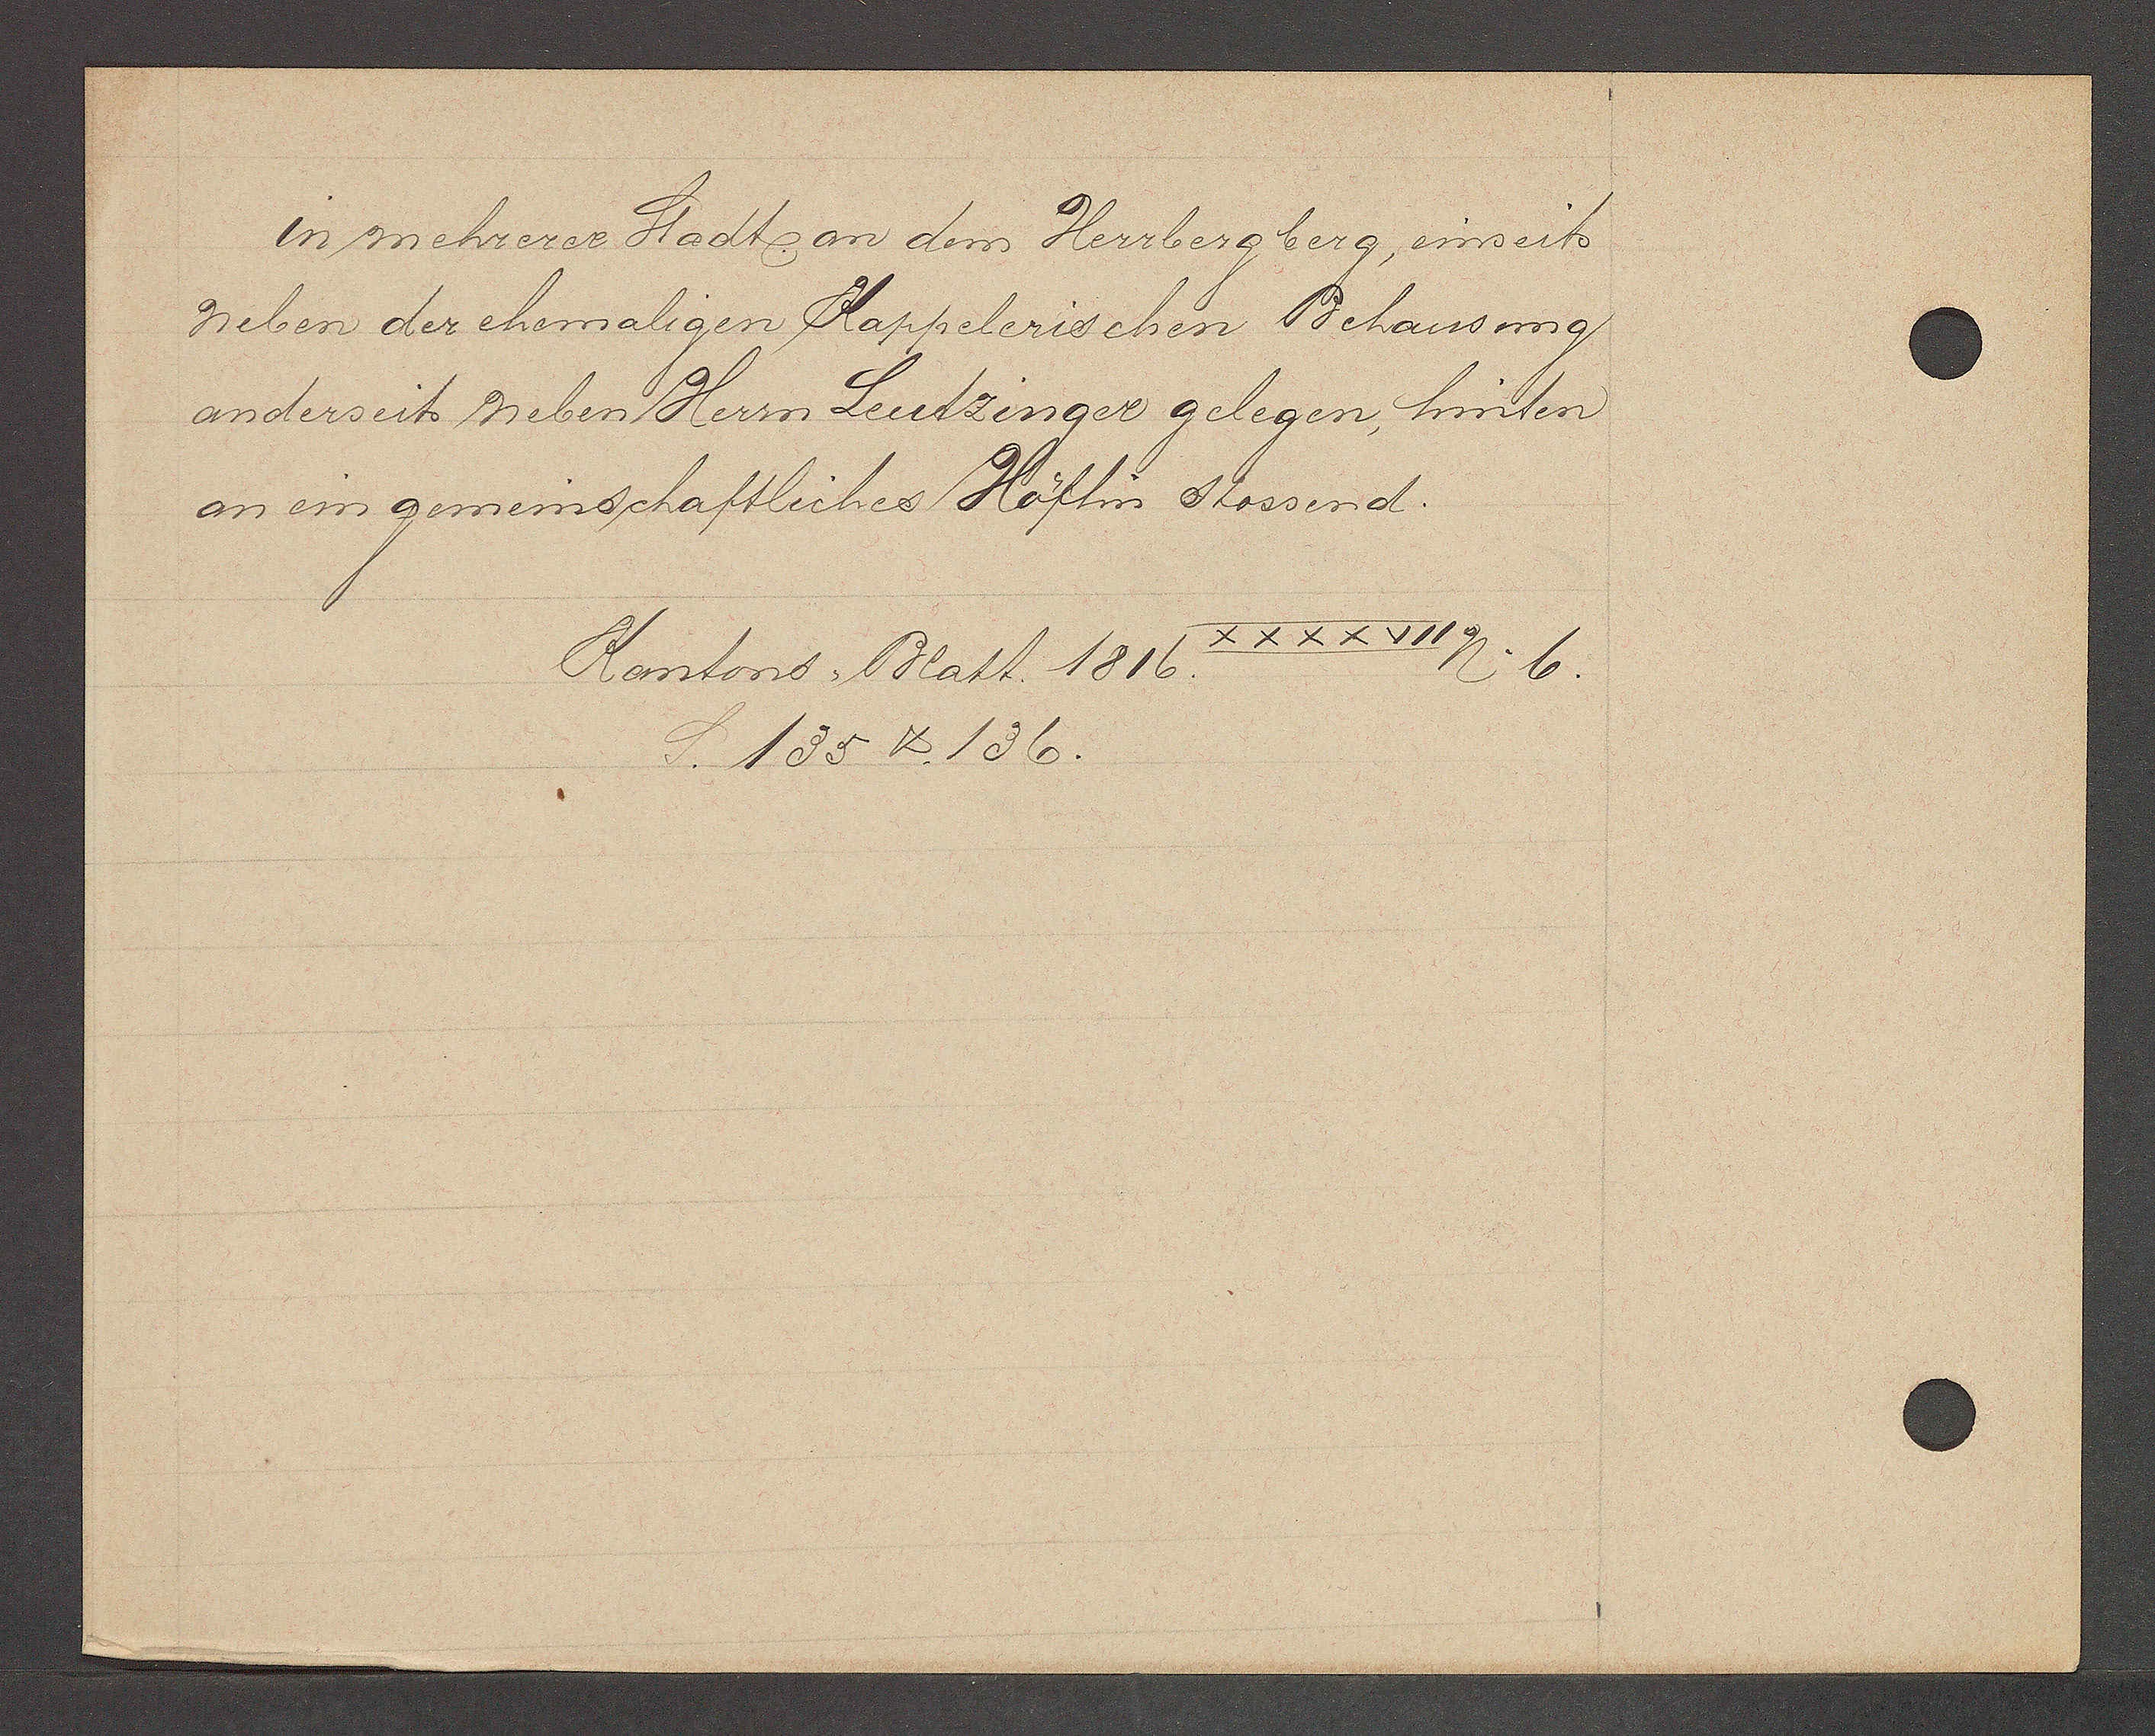
Transcript:
in mehrerer Stadt an dem Herrbergberg, einseits
neben der ehemaligen Kappelerischen Behausung
anderseits neben Herrn Leutzinger gelegen, hinten
an ein gemeinschaftliches Höflin stossend.

XXXXVII
Kantons Blatt. 1816.
No 6.
S. 135 & 136.